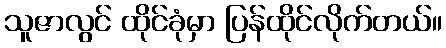
သူဇာလွင် ထိုင်ခုံမှာ ပြန်ထိုင်လိုက်တယ်။